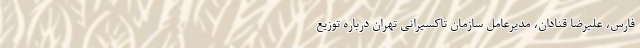
فارس، علیرضا قنادان، مدیرعامل سازمان تاکسیرانی تهران درباره توزیع